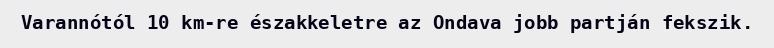
Varannótól 10 km-re északkeletre az Ondava jobb partján fekszik.